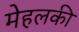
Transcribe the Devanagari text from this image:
मेहलकी